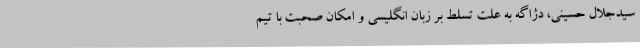
سیدجلال حسینی، دژاگه به علت تسلط بر زبان انگلیسی و امکان صحبت با تیم